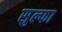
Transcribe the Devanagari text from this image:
सुल्फा